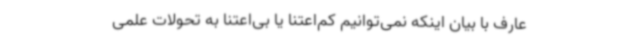
عارف با بیان اینکه نمی‌توانیم کم‌اعتنا یا بی‌اعتنا به تحولات علمی